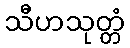
သီဟသုတ္တံ